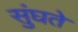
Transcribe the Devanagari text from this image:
सुंघते